Civil Veterinary Dept. Bombay admin report 1893-99 - 1893-1899
Year: 1893
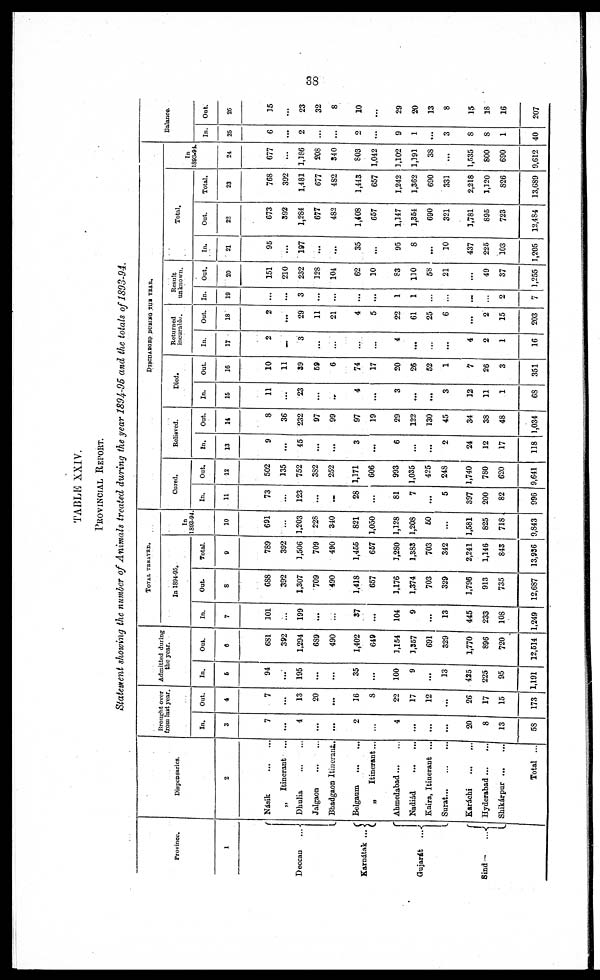
38
TABLE XXIV.
PROVINCIAL REPORT.
Statement showing the number of Animals treated during the year 1894-96 and the totals of 1893-94.
Province.
1
Deccan
...
Karnátak ...
Gujarát
...
Sind-
...
Dispensaries.
2
Násik
...
...
„
Itinerant ...
Dhulia
...
...
Jalgaon
...
...
Bhadgaon Itinerant.
Belgaum
...
...
„
Itinerant...
Ahmedabad ... ...
Nadiád
...
...
Kaira, Itinerant ...
Surat
...
...
...
Karachi
...
...
Hyderabad ... ...
Shikárpur
...
...
Total ...
Brought over
from last year.
In.
3
7
...
4
...
...
2
...
4
...
...
...
20
8
13
58
Out.
4
7
...
13
20
...
16
3
22
17
12
...
26
17
15
173
Admitted during
the year.
In.
5
94
...
195
...
...
35
...
100
9
...
13
425
225
95
1,191
Out.
6
681
392
1,294
6S9
490
1,402
649
1,154
1,357
691
329
1,770
896
720
12,514
TOTAL TERATED.
In 1894-05.
In.
7
101
199
...
...
37
...
104
9
...
13
445
233
108
1,249
Out
8
688
392
1,307
709
490
1,418
657
1,176
1,374
703
329
1,796
913
735
12,687
Total.
9
789
392
1,506
709
490
1,455
667
1,280
1,383
703
342
2,241
1,146
843
13,936
In
1303-94.
10
691
...
1,203
228
340
821
1,050
1,128
1,208
60
...
1,581
825
718
9,843
DISCHARGED DURING THE YEAR.
Cured.
In.
11
73
...
123
...
...
28
...
81
7
...
5
397
200
82
996
Out.
12
502
135
752
382
252
1,171
606
993
1,035
425
248
1,740
780
620
9,641
Relieved.
In.
13
9
...
45
...
...
3
...
6
...
...
2
24
12
17
118
Out.
14
8
36
232
97
99
97
19
29
122
130
45
34
38
48
1,034
Died.
In.
15
11
...
23
...
...
4
...
3
...
...
3
12
11
1
68
Out.
16
10
11
39
69
6
74
17
20
26
52
1
7
26
3
351
Returned
incurable.
In.
17
2
...
3
...
...
...
...
4
...
...
...
4
2
1
16
Out.
18
2
...
29
11
21
4
5
22
61
25
6
...
2
15
203
Result
unknown.
In.
10
...
...
3
...
...
...
...
1
1
...
...
...
...
2
7
Out.
20
151
210
232
128
104
62
10
83
110
58
21
...
49
37
1,255
Total.
In.
21
96
...
197
...
...
35
...
95
8
...
10
437
226
103
1,205
Out.
22
673
392
1,284
677
482
1,408
657
1,147
1,364
690
321
1,781
895
723
12,484
Total.
23
768
392
1,481
677
482
1,443
657
1,242
1,362
690
331
2,218
3,120
826
13,689
In
1893-94.
24
677
...
1,186
208
340
803
1,042
1,102
1,191
38
...
1,535
800
690
9,612
Balance.
In.
25
6
...
2
...
...
2
...
9
1
...
3
8
8
1
40
Out.
26
15
...
23
32
8
10
...
29
20
13
8
15
18
16
207